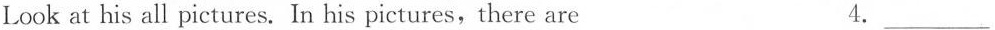
Look at his all pictures. In his pictures,there are 4.___